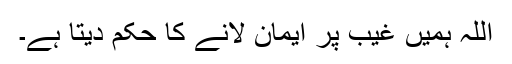
اللہ ہمیں غیب پر ایمان لانے کا حکم دیتا ہے۔